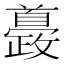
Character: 𩠰